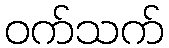
ဝက်သက်